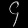
Digit: ၄